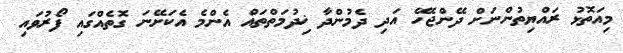
މިއަތޮޅު ރައްޔިތުންނަށް ދޭންޖެހޭ އަދި ދެމުންދާ ޚިދުމަތްތައް އެންމެ އެކަށޭނަ ގޮތެއްގައި ފޯރުވައި